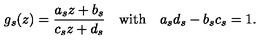
g _ { s } ( z ) = \frac { a _ { s } z + b _ { s } } { c _ { s } z + d _ { s } } \quad \mathrm { { w i t h } } \quad a _ { s } d _ { s } - b _ { s } c _ { s } = 1 .